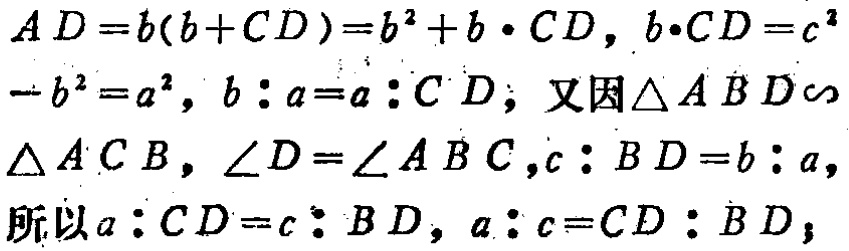
\[

\begin{align*}

AD&=b(b + CD)=b^{2}+b\cdot CD, b\cdot CD = c^{2}\\

 - b^{2}&=a^{2}, b:a=a:CD; \text{又因} \triangle ABD\sim\\

&\triangle ACB, \angle D=\angle ABC, c:BD = b:a,\\

\text{所以}a:CD&=c:BD, a:c = CD:BD;

\end{align*}

\]